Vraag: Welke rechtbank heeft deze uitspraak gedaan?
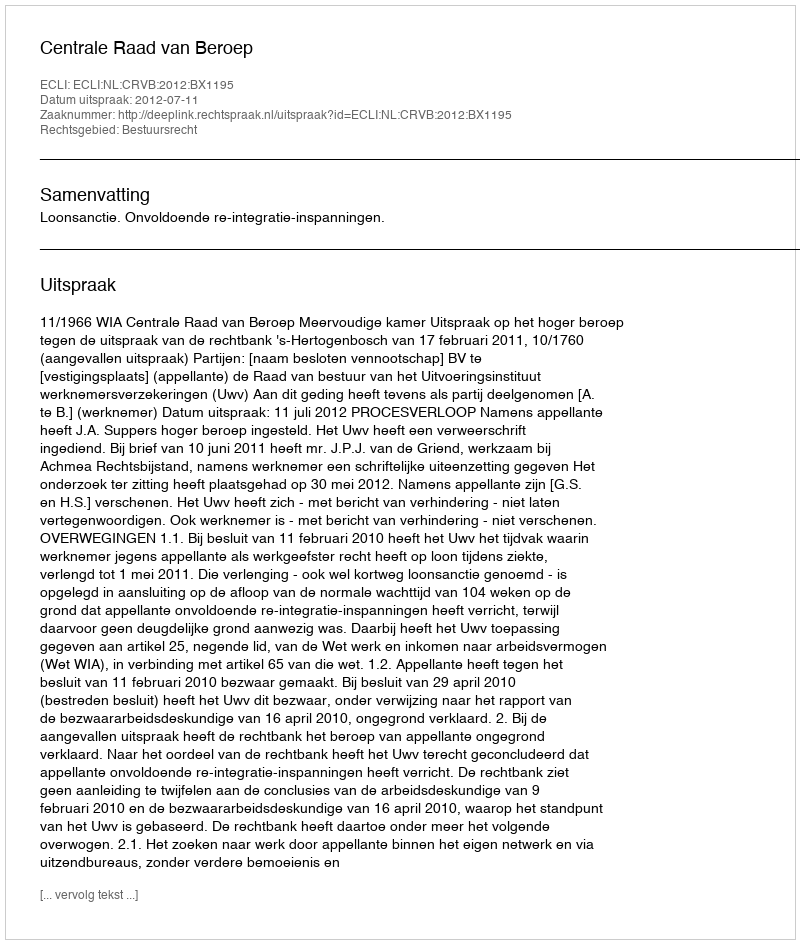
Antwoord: Centrale Raad van Beroep